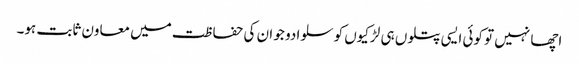
اچھا نہیں تو کوئی ایسی پتلوں ہی لڑکیوں کو سلوا دو جو ان کی حفا ظت میں معاون ثابت ہو۔